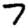
Digit: 7